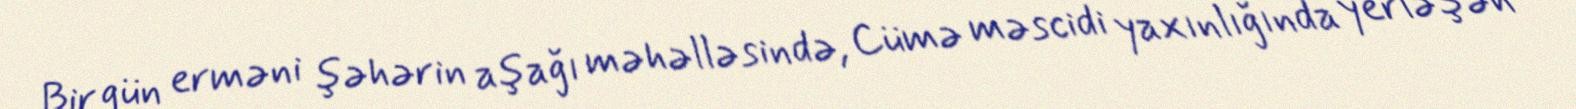
Bir gün erməni şəhərin aşağı məhəlləsində, Cümə məscidi yaxınlığında yerləşən